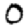
Digit: 0